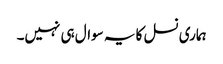
ہماری نسل کا یہ سوال ہی نہیں۔